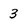
Character: 3